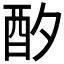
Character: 𲆦